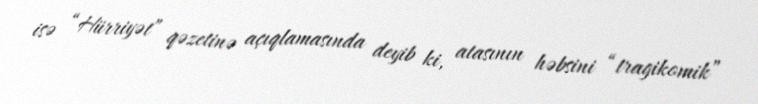
isə “Hürriyət” qəzetinə açıqlamasında deyib ki, atasının həbsini “tragikomik”